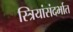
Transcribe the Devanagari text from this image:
स्त्रियांसंदर्भात